Plague in India, 1896, 1897 - Volume 3
Year: 1896
Disease focus: Plague
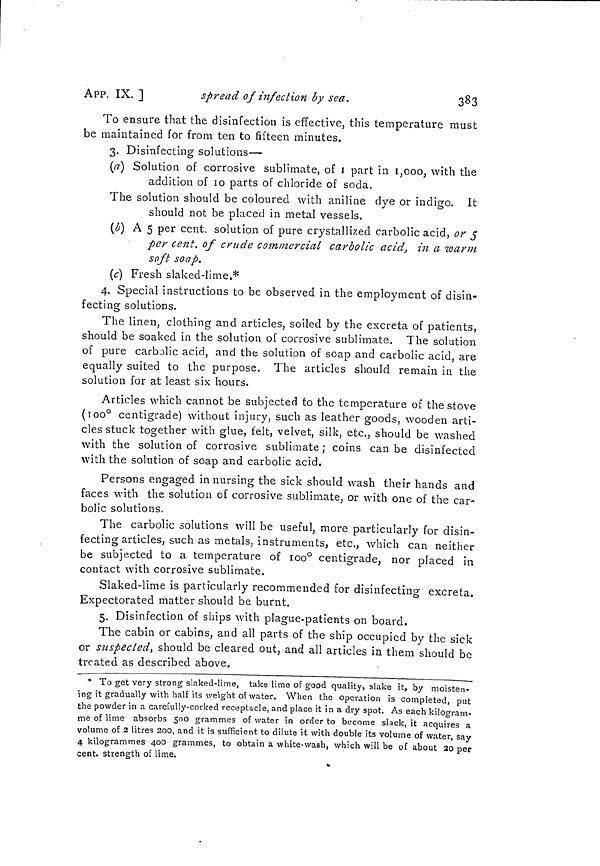
APP. IX.]
spread of infection by sea,
383
To ensure that the disinfection is effective, this temperature must
be maintained for from ten to fifteen minutes.
3. Disinfecting solutions—
(a] Solution of corrosive sublimate, of 1 part in 1,000, with the
addition of 10 parts of chloride of soda.
The solution should be coloured with aniline dye or indigo. It
should not be placed in metal vessels.
(b) A 5 per cent, solution of pure crystallized carbolic acid, or 5
per cent, of crude commercial carbolic acid, in a warm
soft soap.
(c) Fresh slaked-lime.*
4. Special instructions to be observed in the employment of disin-
fecting solutions.
The linen, clothing and articles, soiled by the excreta of patients,
should be soaked in the solution of corrosive sublimate. The solution
of pure carbolic acid, and the solution of soap and carbolic acid, are
equally suited to the purpose. The articles should remain in the
solution for at least six hours.
Articles which cannot be subjected to the temperature of the stove
(100° centigrade) without injury, such as leather goods, wooden arti-
cles stuck together with glue, felt, velvet, silk, etc., should be washed
with the solution of corrosive sublimate ; coins can be disinfected
with the solution of soap and carbolic acid.
Persons engaged in nursing the sick should wash their hands and
faces with the solution of corrosive sublimate, or with one of the car-
bolic solutions.
The carbolic solutions will be useful, more particularly for disin-
fecting articles, such as metals, instruments, etc., which can neither
be subjected to a temperature of 100° centigrade, nor placed in
contact with corrosive sublimate.
Slaked-lime is particularly recommended for disinfecting excreta.
Expectorated matter should be burnt.
5. Disinfection of ships with plague-patients on board.
The cabin or cabins, and all parts of the ship occupied by the sick
or suspected, should be cleared out, and all articles in them should be
treated as described above.
* To get very strong slaked-lime, take lime of good quality, slake it, by moisten-
ing it gradually with half its weight of water. When the operation is completed, put
the powder in a carefully-corked receptacle, and place it in a dry spot. As each kilogram-
me of lime absorbs 500 grammes of water in order to become slack, it acquires a
volume of 2 litres 200, and it is sufficient to dilute it with double its volume of water, say
4 kilogrammes 400 grammes, to obtain a white-wash, which will be of about 20 per
cent, strength of lime.